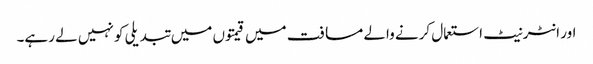
اور انٹرنیٹ استعمال کرنے والے مسافت میں قیمتوں میں تبدیلی کو نہیں لے رہے۔